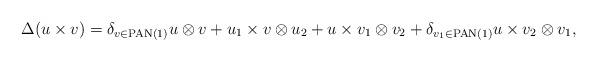
LaTeX: \begin{align*} \Delta (u \times v) = \delta_{v \in \operatorname{PAN}(1)} u \otimes v + u_1 \times v \otimes u_2 + u \times v_1 \otimes v_2 + \delta_{v_1 \in \operatorname{PAN}(1)} u \times v_2 \otimes v_1, \end{align*}